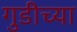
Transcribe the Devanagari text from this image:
गुडीच्या